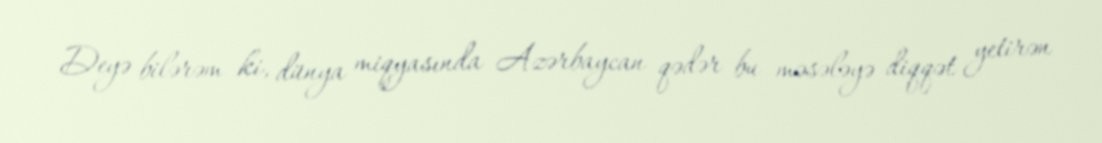
Deyə bilərəm ki, dünya miqyasında Azərbaycan qədər bu məsələyə diqqət yetirən